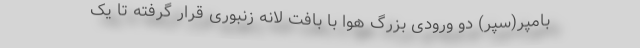
بامپر(سپر) دو ورودی بزرگ هوا با بافت لانه زنبوری قرار گرفته تا یک